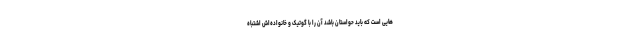
هایی است که باید حواستان باشد آن را با گوتیک و خانواده‌اش اشتباه